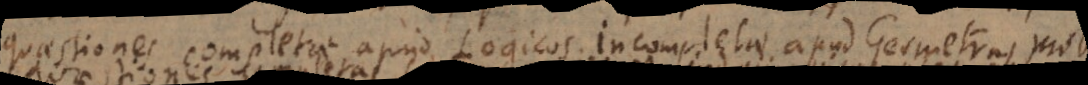
Quaestiones completae apud Logicos incompletae, apud Geometras pr